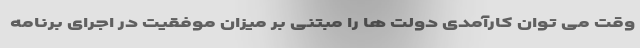
وقت می توان کارآمدی دولت ها را مبتنی بر میزان موفقیت در اجرای برنامه